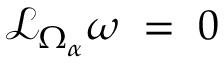
{ \mathcal { L } } _ { \Omega _ { \alpha } } \omega \; = \; 0